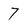
Character: 7